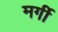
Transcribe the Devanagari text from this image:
मर्गी